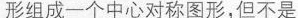
形组成一个中心对称图形，但不是